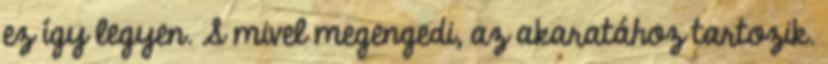
ez így legyen. S mivel megengedi, az akaratához tartozik.